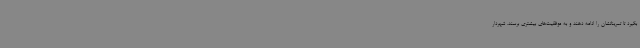
بگیرد تا تمریناتشان را ادامه دهند و به موفقیت‌های بیشتری برسند. شهردار